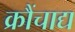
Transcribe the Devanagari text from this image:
क्रौंचाद्य